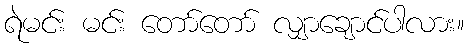
ရဲမင်း မင်း တော်တော် လျှာချောင်ပါလား။